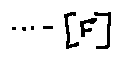
\cdots - [ F ]